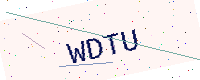
Text: WDTU